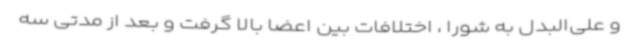
و علی‌البدل به شورا ، اختلافات بین اعضا بالا گرفت و بعد از مدتی سه